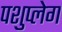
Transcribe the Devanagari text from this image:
पशुप्लेग